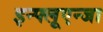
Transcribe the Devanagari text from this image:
इन्फ्लूएन्जा